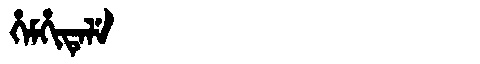
Manchu: ᡥᡝᠮᡥᡳᡨᡝᠯᡝ
Romanization: HEMHITELE